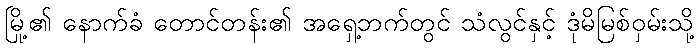
မြို့၏ နောက်ခံ တောင်တန်း၏ အရှေ့ဘက်တွင် သံလွင်နှင့် ဒုံမိမြစ်ဝှမ်းသို့